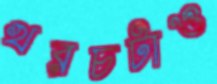
খরচটাও